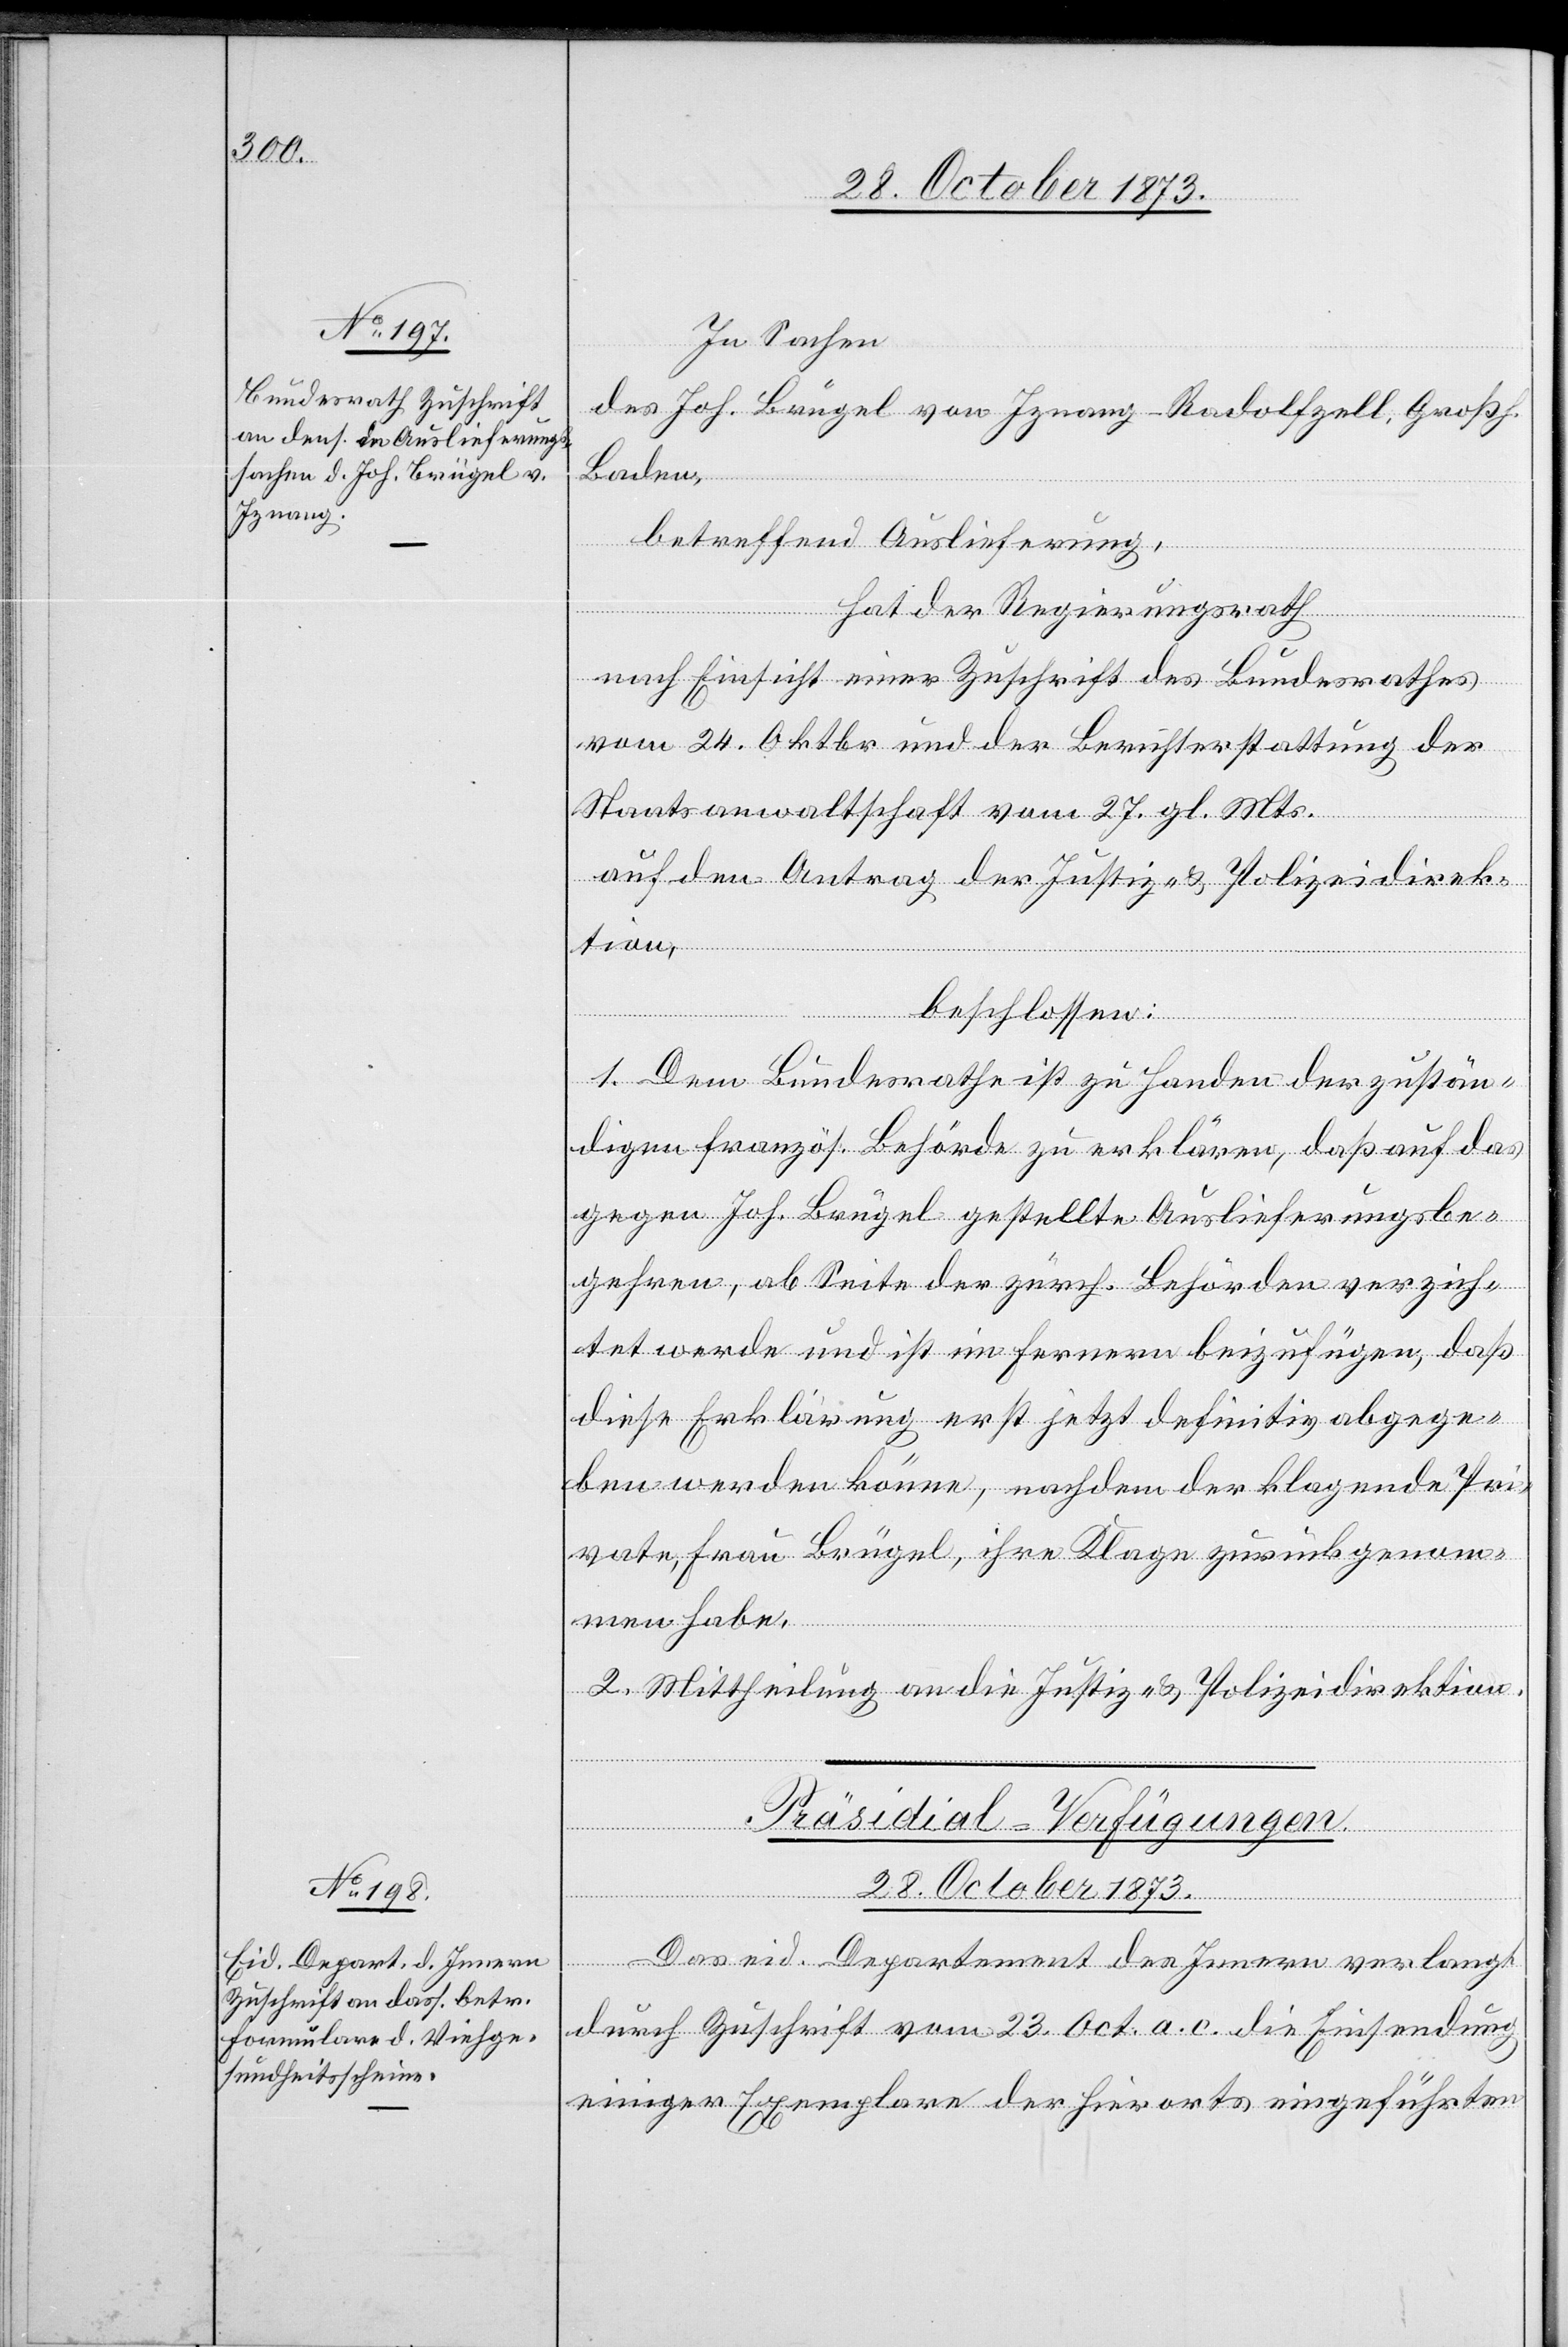
In Sachen
des Joh. Brügel von Ignanz - Radolfzell, Großh.
Baden,
betreffend Auslieferung,
hat der Regierungsrath
nach Einsicht einer Zuschrift des Bundesrathes
vom 24. Oktbr und der Berichterstattung der
Staatsanwaltschaft vom 27. gl. Mts.
auf den Antrag der Justiz- & Polizeidirek¬
tion,
beschlossen:
1. Dem Bundesrathe ist zu Handen der zustän¬
digen französ. Behörde zu erklären, daß auf das
gegen Joh. Brügel gestellte Auslieferungsbe¬
gehren, ab Seite der zürch. Behörden verzich¬
tet werde und ist im Fernern beizufügen, daß
diese Erklärung erst jetzt definitiv abgege¬
ben werden könne, nachdem der klagende Pri¬
vate, Frau Brügel, ihre Klage zurückgenomm¬
en habe.
2. Mittheilung an die Justiz- & Polizeidirektion.
Präsidial-Verfügungen.
28. October 1873.
Das eid. Departement des Innern verlangt
durch Zuschrift vom 23. Oct. a. c. die Einsendung
einiger Exemplare der hierorts eingeführten